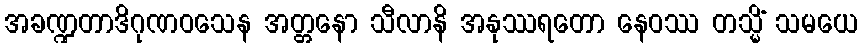
အခဏ္ဍတာဒိဂုဏဝသေန အတ္တနော သီလာနိ အနုဿရတော နေဝဿ တသ္မိံ သမယေ